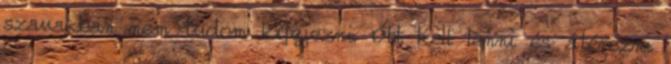
szavakban nem tudom kifejezni. Ott kell lenni és átérezni